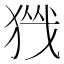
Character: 𪻀